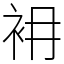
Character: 衻